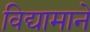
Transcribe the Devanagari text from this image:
विद्यामाने